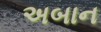
અબાન